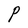
Character: P